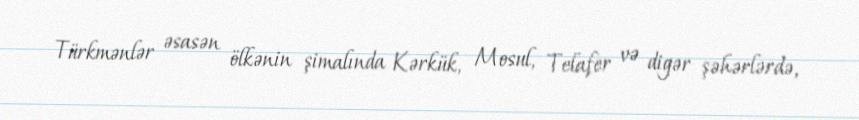
Türkmənlər əsasən ölkənin şimalında Kərkük, Mosul, Telafer və digər şəhərlərdə,